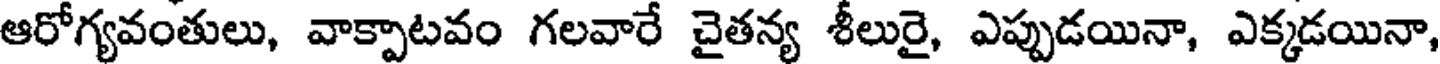
ఆరోగ్యవంతులు, వాక్పాటవం గలవారే చైతన్య శీలురై, ఎప్పుడయినా, ఎక్కడయినా,